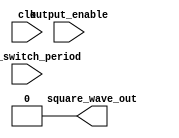
module tone_generator (
    input output_enable,
    input [23:0] tone_switch_period, 
    input clk,
    output square_wave_out
);

    reg [23:0] clock_counter = 0;

    assign square_wave_out = 1'b0;

    always @ (posedge clk) begin
        clock_counter <= clock_counter + 1;
    end
endmodule